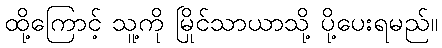
ထို့ကြောင့် သူ့ကို မြိုင်သာယာသို့ ပို့ပေးရမည်။